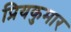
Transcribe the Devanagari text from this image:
प्रियकुमार